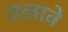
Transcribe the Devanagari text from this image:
तलावे